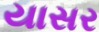
યાસર